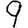
Digit: 9